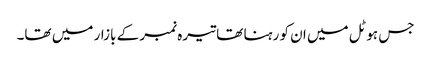
جس ہوٹل میں ان کو رہنا تھا تیرہ نمبر کے بازار میں تھا۔